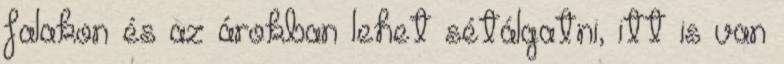
falakon és az árokban lehet sétálgatni, itt is van